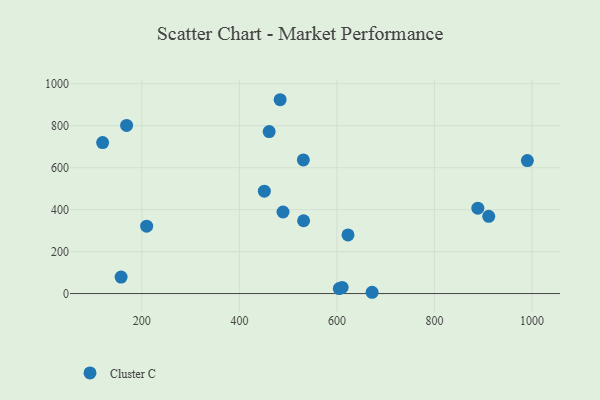
{"axis": {"x": "Experience", "y": "Yield"}, "legend": ["Cluster C"], "data": [{"x": "911.4", "y": 368.0, "type": "Cluster C"}, {"x": "209.8", "y": 321.3, "type": "Cluster C"}, {"x": "990.7", "y": 633.7, "type": "Cluster C"}, {"x": "672.2", "y": 6.1, "type": "Cluster C"}, {"x": "451.2", "y": 487.9, "type": "Cluster C"}, {"x": "622.8", "y": 279.5, "type": "Cluster C"}, {"x": "889.1", "y": 407.2, "type": "Cluster C"}, {"x": "531.7", "y": 347.1, "type": "Cluster C"}, {"x": "604.9", "y": 23.8, "type": "Cluster C"}, {"x": "157.4", "y": 78.7, "type": "Cluster C"}, {"x": "461.1", "y": 772.3, "type": "Cluster C"}, {"x": "168.7", "y": 801.4, "type": "Cluster C"}, {"x": "610.7", "y": 29.1, "type": "Cluster C"}, {"x": "489.5", "y": 388.7, "type": "Cluster C"}, {"x": "483.6", "y": 923.9, "type": "Cluster C"}, {"x": "119.5", "y": 719.6, "type": "Cluster C"}, {"x": "531.2", "y": 637.0, "type": "Cluster C"}]}